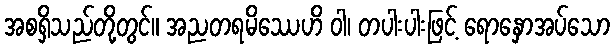
အစရှိသည်တို့တွင်။ အညတရမိဿေဟိ ဝါ၊ တပါးပါးဖြင့် ရောနှောအပ်သော